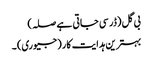
بی گل (ڈر سی جاتی ہے صلہ)
بہترین ہدایت کار (جیوری) ۔